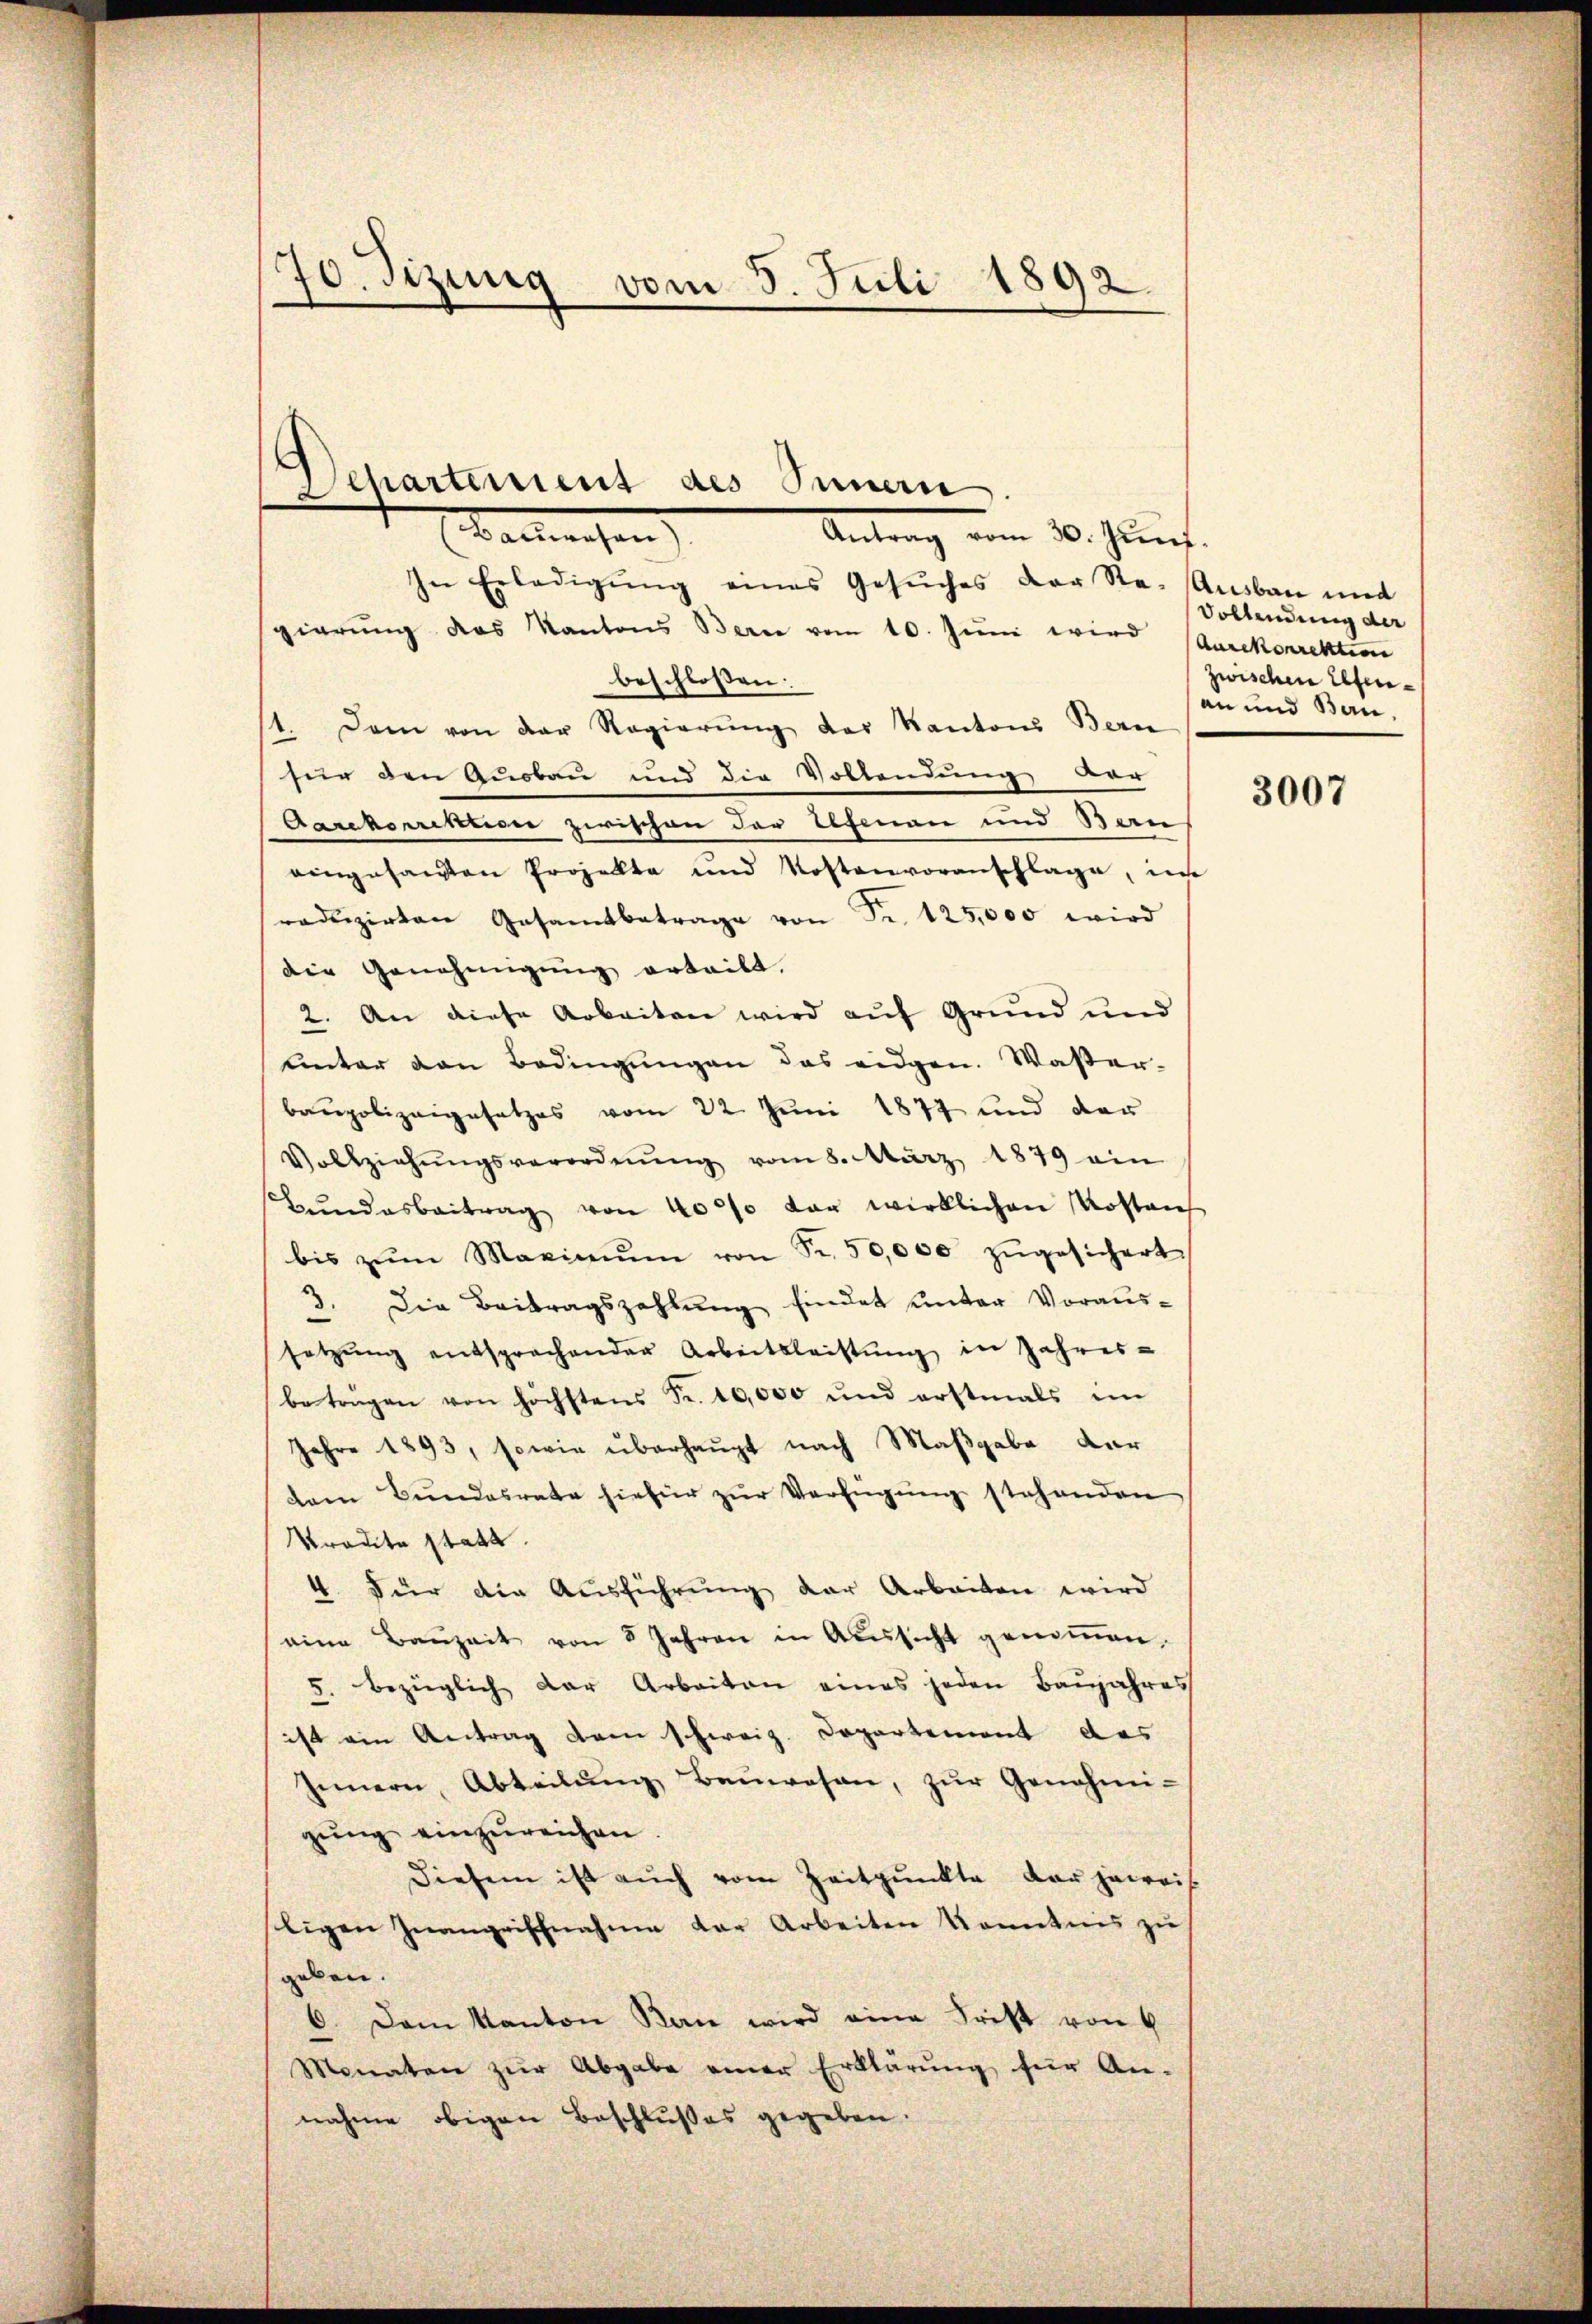
70. Fizung vom 5. Juli 1892.

In Erledigŭng eines Gesŭches der Re-Aŭsbau und
gierung das Kantons Berne vom 10. Juni wird (Aurekorrektion
beschlossen:
1. Dem von der Regierung der Kantons Bern
für den Quobau und die Vollendung der
Aarckorrektion zwischen der Elfenen und Bauf
eingesandten Projekte und Kostenvoranschlage, im
redŭzirten Gesamtbetrage von Fr. 125,000 wird
die Genehmigung erteilt.
2. An diese Arbeiten wird auf Grund und
ŭnter den Bedingŭngen das eidgen. Waser-
baupolizeigesetzes vom 22. Juni 1877 und der
Vollziehŭngsverordnŭng vom 8. März 1879 ein
Bundesbeitrag von 4000 vor wirklichen Kostause
bis zŭm Maximŭm von Fr. 50,000 zŭgesichert
3. Die Beitragszahlung findet unter Voraussetzŭng entsprochender Arbeitsleistŭng in Jahres-
betragen von höchstens Fr. 10,000 und erstmals im
Jahre 1893, sowie überhaupt nach Maßgabe der
dem Bŭndesrate hiefür zŭr Verfügŭng stehenden
Ptradita stata.
4. Für die Ausführung der Arbeiten wird
eine Baŭzeit von 8 Jahren in Aŭssicht genoṁen.
5. bezüglich der Arbeiten eines jeden Baŭjahres
ist ein Antrag dem schweiz. Departement das
Innern, Abteilŭng Baŭwesen, zŭr Genehmi-
gŭng einzureichen.
Diesem ist auch vom Zeitpunkte der jeweis
ligen Inangrifchnahme der Arbeiten konntens zŭ
geben.
6. Dem Kanton Kan wird eine Frist von 4
Monaten zŭr Abgabe einer Erklärŭng für An-
nahme obigen Beschlußes gegeben.

s
Separtiment des Innern
Banchen
Antrag vom 20. Juni.

Vollendung der
zwischen Elteran und Bau,

3007